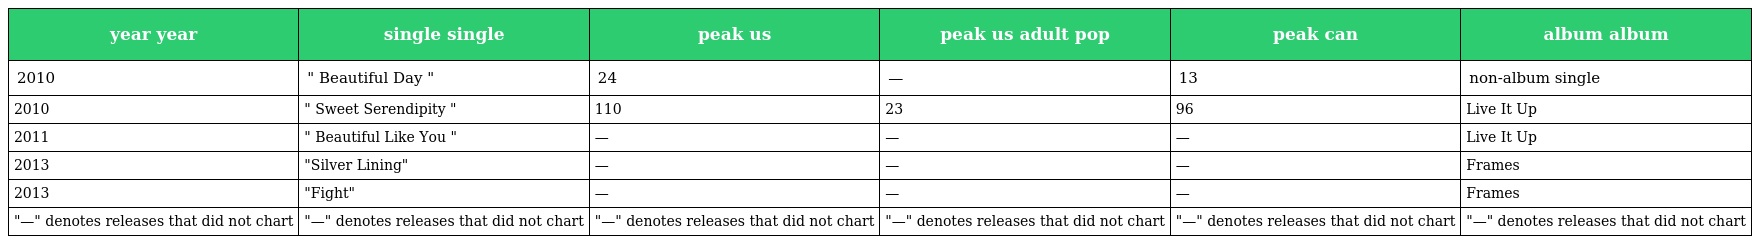
| year year | single single | peak us | peak us adult pop | peak can | album album |
 | --- | --- | --- | --- | --- | --- |
 | 2010 | " Beautiful Day " | 24 | — | 13 | non-album single |
 | 2010 | " Sweet Serendipity " | 110 | 23 | 96 | Live It Up |
 | 2011 | " Beautiful Like You " | — | — | — | Live It Up |
 | 2013 | "Silver Lining" | — | — | — | Frames |
 | 2013 | "Fight" | — | — | — | Frames |
 | "—" denotes releases that did not chart | "—" denotes releases that did not chart | "—" denotes releases that did not chart | "—" denotes releases that did not chart | "—" denotes releases that did not chart | "—" denotes releases that did not chart |